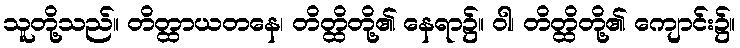
သူတို့သည်။ တိတ္ထာယတနေ၊ တိတ္ထိတို့၏ နေရာ၌။ ဝါ၊ တိတ္ထိတို့၏ ကျောင်း၌။